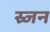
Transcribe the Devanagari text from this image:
स्र्जन